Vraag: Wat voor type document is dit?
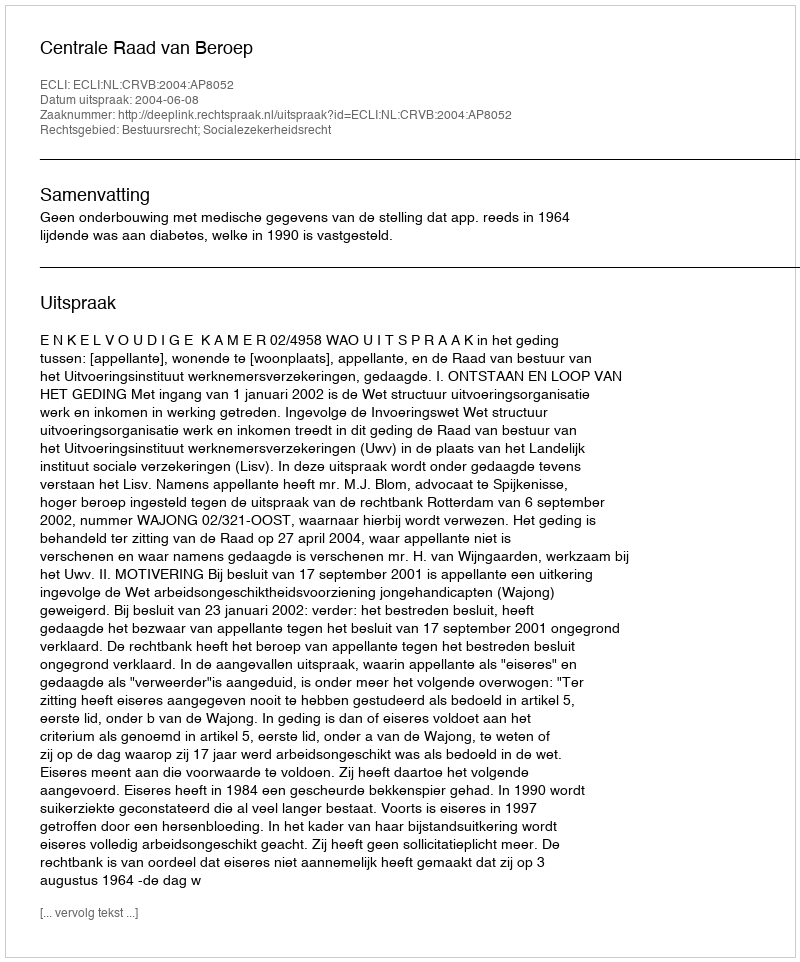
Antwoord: Uitspraak